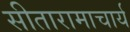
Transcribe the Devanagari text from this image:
सीतारामाचार्य